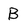
Character: B